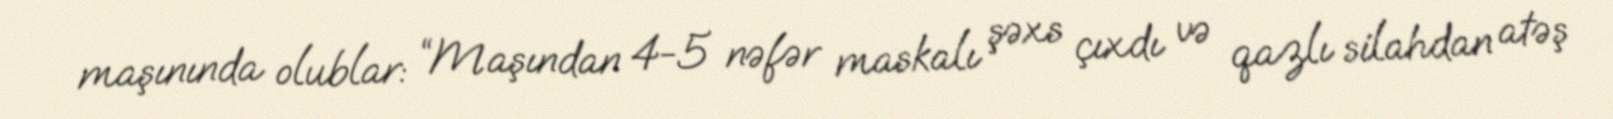
maşınında olublar: “Maşından 4-5 nəfər maskalı şəxs çıxdı və qazlı silahdan atəş